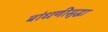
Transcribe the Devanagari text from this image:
बांधणीसुद्धा